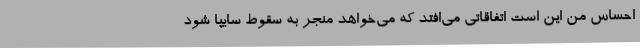
احساس من این است اتفاقاتی می‌افتد که می‌خواهد منجر به سقوط سایپا شود